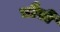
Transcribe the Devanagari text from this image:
चौंसी